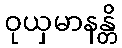
ဝုယှမာနန္တိ